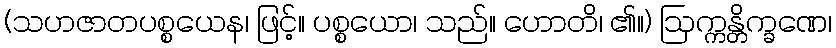
(သဟဇာတပစ္စယေန၊ ဖြင့်။ ပစ္စယော၊ သည်။ ဟောတိ၊ ၏။) ဩက္ကန္တိက္ခဏေ၊